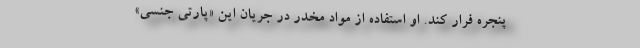
پنجره فرار کند. او استفاده از مواد مخدر در جریان این «پارتی جنسی»